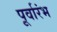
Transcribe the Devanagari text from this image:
पूर्वारंभ